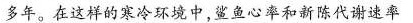
多年。在这样的寒冷环境中，鲨鱼心率和新陈代谢速率